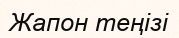
Жапон теңізі